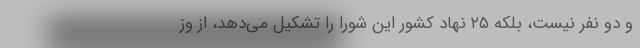
و دو نفر نیست، بلکه ۲۵ نهاد کشور این شورا را تشکیل می‌دهد،‌ از وز